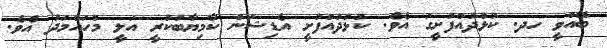
ބޭއްވީ ހދ. ކުޅުދުއްފުށީގަ އެވެ. ކުޅުދުއްފުށީ އެޑިޝަން ކާމިޔާބުކުރީ އަލީ މުހައްމަދު އެވެ.